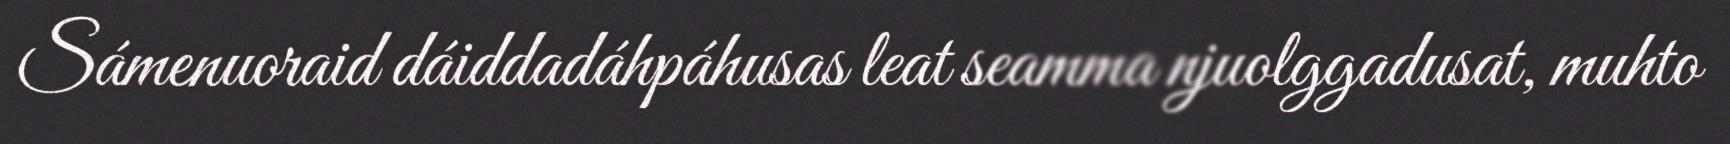
Sámenuoraid dáiddadáhpáhusas leat seamma njuolggadusat, muhto